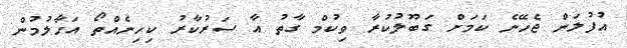
އުފުލަން ޖެހޭނެ ކަމަަށް ގަބޫލުކުރާ ވިކުމް ގާތު އާ ސަރުކާރު ކިހިނެއްތޯ އަހާލުމުން